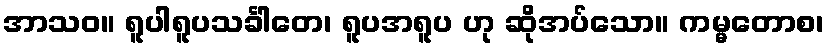
အာသဝ။ ရူပါရူပသင်္ခါတေ၊ ရူပအရူပ ဟု ဆိုအပ်သော။ ကမ္မတောစ၊